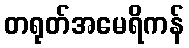
တရုတ်အမေရိကန်